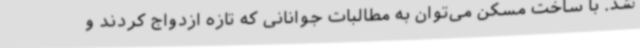
شد. با ساخت مسکن می‌توان به مطالبات جوانانی که تازه ازدواج کردند و